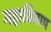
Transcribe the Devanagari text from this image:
महाविभाष